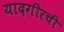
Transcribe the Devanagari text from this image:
यादगीरची